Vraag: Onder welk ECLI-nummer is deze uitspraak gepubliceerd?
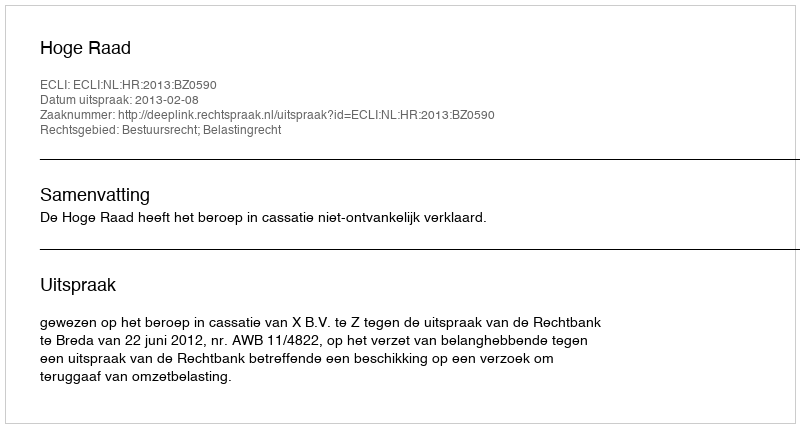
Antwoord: ECLI:NL:HR:2013:BZ0590